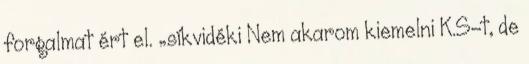
forgalmat ért el. „síkvidéki Nem akarom kiemelni K.S-t, de